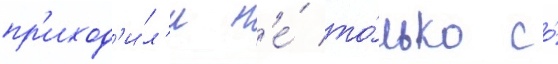
пр'иход'и́л'и н'е́ то́лько со́